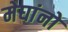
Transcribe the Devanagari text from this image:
मेघांनो